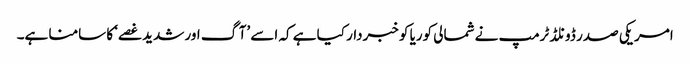
امریکی صدر ڈونلڈ ٹرمپ نے شمالی کوریا کو خبردار کیا ہے کہ اسے ’آگ اور شدید غصے‘ کا سامنا ہے۔